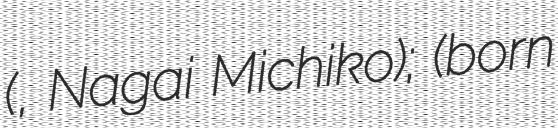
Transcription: (永井路子, Nagai Michiko); (born